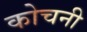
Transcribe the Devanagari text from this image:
कोचनी